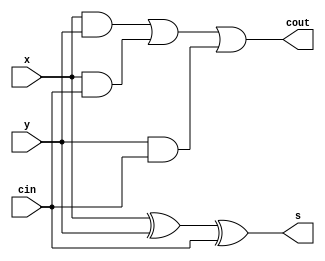
module full_adder_10 (cin,x,y,s,cout);
input cin;
input x;
input y;
output s;
output cout;
assign s = x^y^cin;
assign cout = (x&y) | (x & cin) | (y&cin);
endmodule